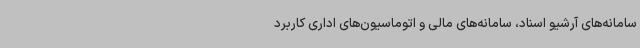
سامانه‌های آرشیو اسناد، سامانه‌های مالی و اتوماسیون‌های اداری کاربرد